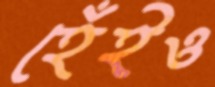
হেঁইও